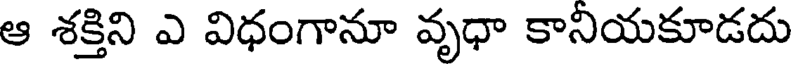
ఆ శక్తిని ఎ విధంగానూ వృధా కానియకూడదు